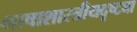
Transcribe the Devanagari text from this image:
भाषाशास्त्रीयदृष्ट्या